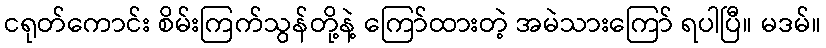
ငရုတ်ကောင်း စိမ်းကြက်သွန်တို့နဲ့ ကြော်ထားတဲ့ အမဲသားကြော် ရပါပြီ။ မဒမ်။